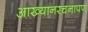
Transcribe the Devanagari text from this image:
आख्यानरचनापण